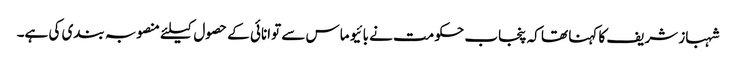
شہباز شریف کا کہنا تھا کہ پنجاب حکومت نے بائیو ماس سے توانائی کے حصول کیلئے منصوبہ بندی کی ہے۔